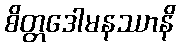
စိတ္တဒေါမနဿာနိ